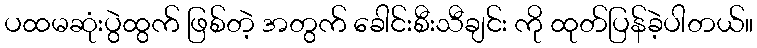
ပထမဆုံးပွဲထွက် ဖြစ်တဲ့ အတွက် ခေါင်းစီးသီချင်း ကို ထုတ်ပြန်ခဲ့ပါတယ်။